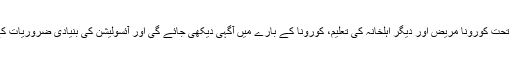
ہوم آئسولیشن کے قواعدو ضوابط کے تحت کورونا مریض اور دیگر اہلخانہ کی تعلیم، کورونا کے بارے میں آگہی دیکھی جائے گی اور آئسولیشن کی بنیادی ضروریات کے بارے علم کو بھی پرکھا جائے گا۔